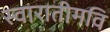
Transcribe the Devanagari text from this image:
स्वारातीमवि